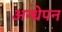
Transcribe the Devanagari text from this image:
अन्धेपन